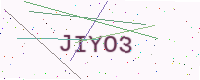
Text: JIYO3